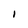
Character: I